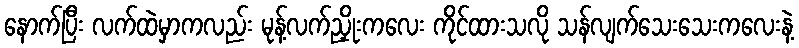
နောက်ပြီး လက်ထဲမှာကလည်း မုန့်လက်ညှိုးကလေး ကိုင်ထားသလို သန်လျက်သေးသေးကလေးနဲ့